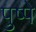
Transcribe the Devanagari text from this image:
पुष्पे